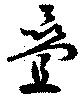
疊